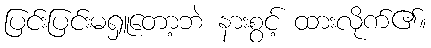
ပြင်းပြင်းမရှူတော့ဘဲ နားစွင့် ထားလိုက်၏။